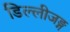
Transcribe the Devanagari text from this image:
डिल्लीजङ्ग